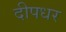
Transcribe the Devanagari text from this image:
दीपधर